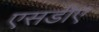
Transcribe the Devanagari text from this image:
एसडीए